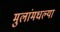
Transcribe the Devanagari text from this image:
मुलांमधल्या